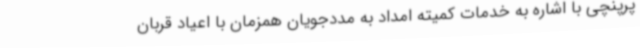
پرپنچی با اشاره به خدمات کمیته امداد به مددجویان همزمان با اعیاد قربان